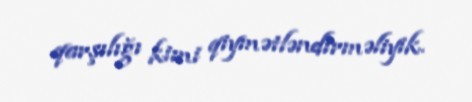
qarşılığı kimi qiymətləndirməliyik.